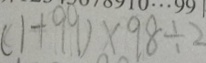
( 1 + 9 9 ) \times 9 8 \div 2